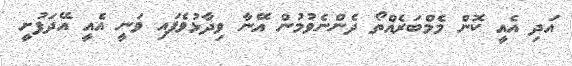
އަދި އެއީ ކޮން މެމްބަރެއްތޯ ދެންނެވުމުން އޭނާ ވިދާޅުވެފައި ވަނީ އެއީ އޭދަފުށީ